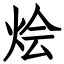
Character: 烩